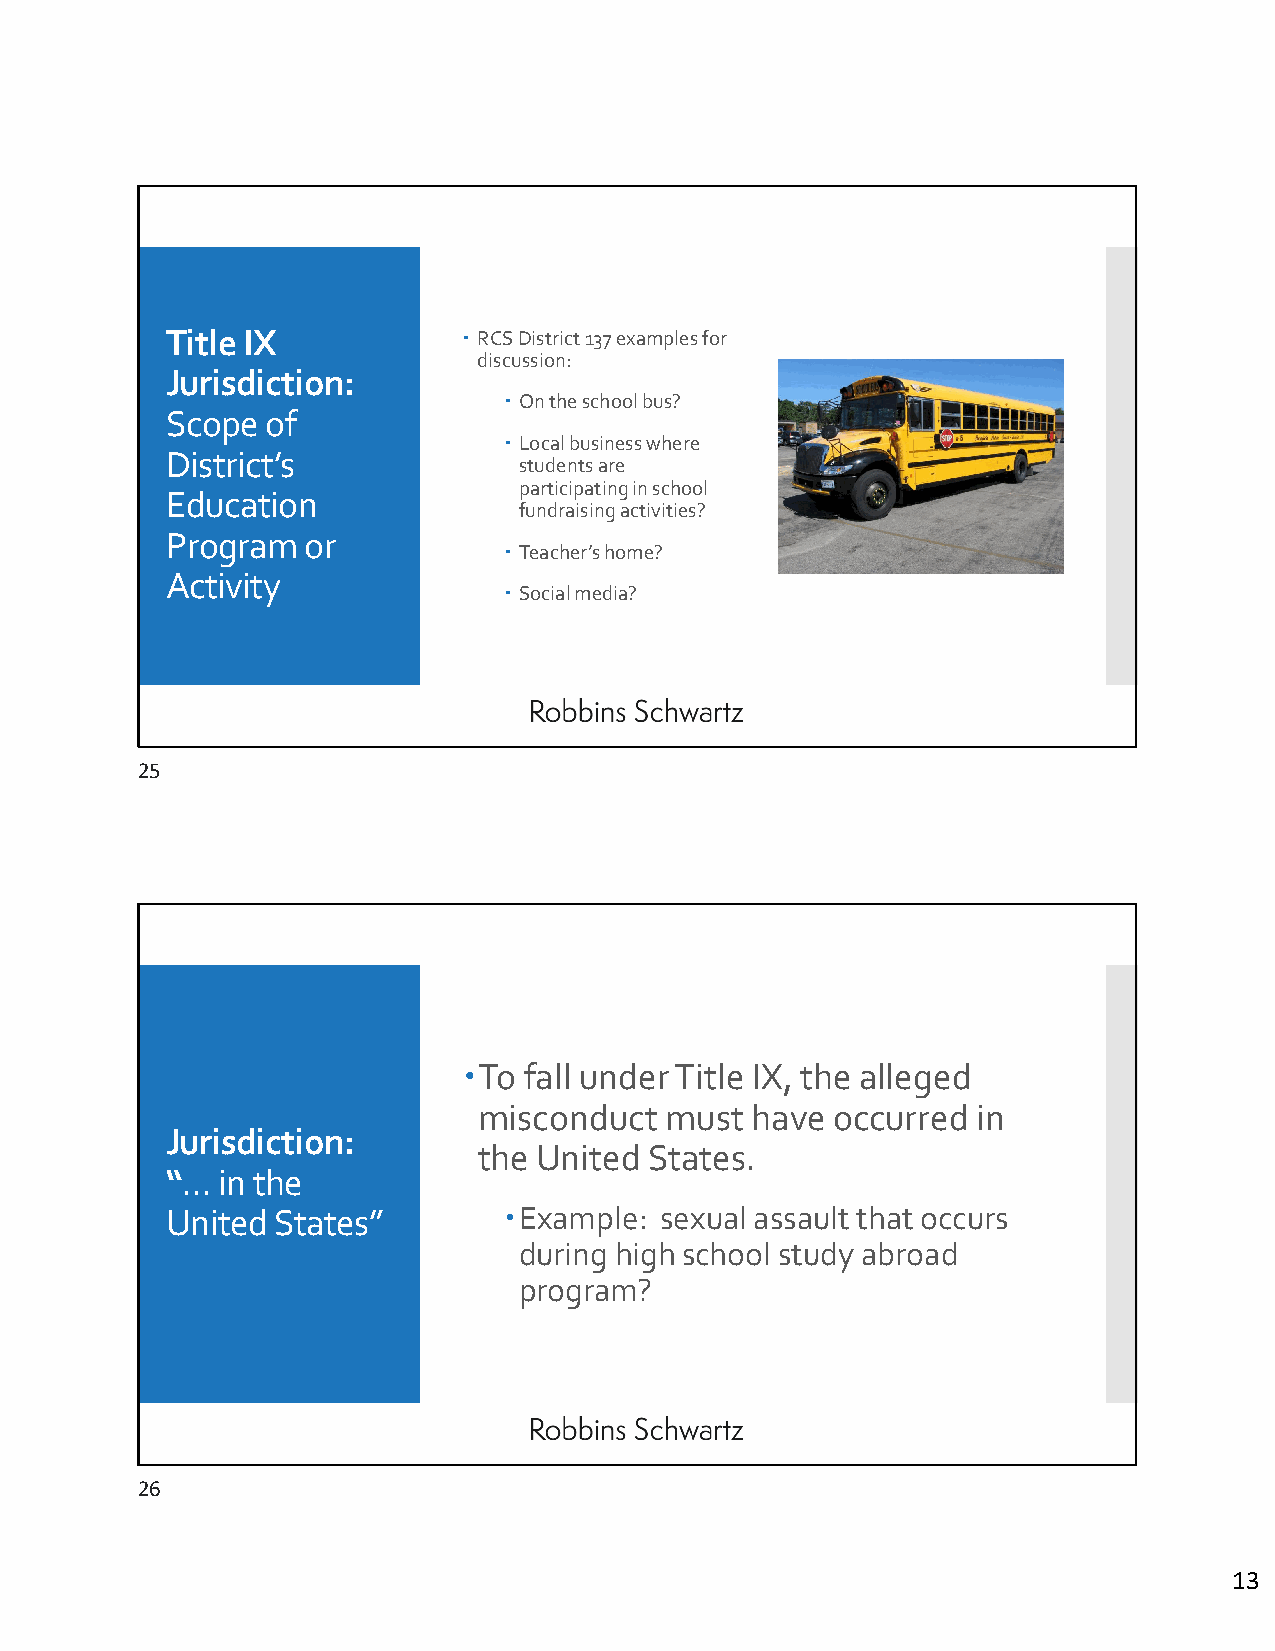
Title IX             RCS District 137 examples for
 discussion:
 Jurisdiction:
  On the school bus?
 Scope  of
  Local business where
 District’s
 students are
 participating in school
 Education
 fundraising activities?
 Program  or
  Teacher’s home?
 Activity
  Social media?
 25
 To fall under Title IX, the alleged
 misconduct  must  have occurred  in
 Jurisdiction:
 the United States.
 “… in the
 United States”        Example:  sexual assault that occurs
 during high school study abroad
 program?
 26
 13